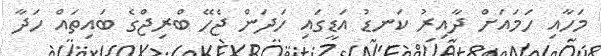
މަހާއި ހަމައަށް ދާއިރު ކަނޑު އަޑީގައި ހަދަން ޖެހޭ ބްރިޖްގެ ބައިތައް ހަދާ